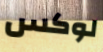
لوكس